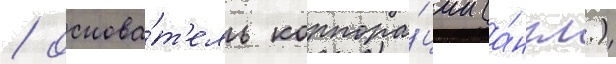
/ основа́т'ель корпора́ции (а́нгл.)